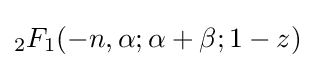
_{2}F_{1}(-n,\alpha ;\alpha +\beta ;1-z)\!